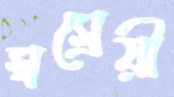
স্বস্রেয়ী